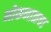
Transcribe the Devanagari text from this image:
भोकनाळचा